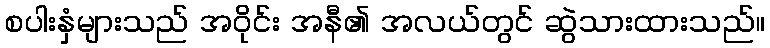
စပါးနှံများသည် အဝိုင်း အနီ၏ အလယ်တွင် ဆွဲသားထားသည်။